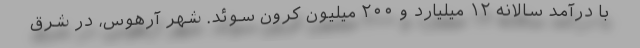
با درآمد سالانه ۱۲ میلیارد و ۲۰۰ میلیون کرون سوئد. شهر آرهوس، در شرق